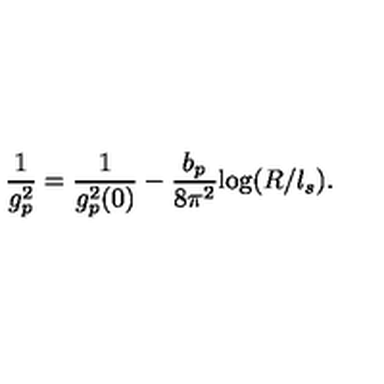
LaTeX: \frac { 1 } { g _ { p } ^ { 2 } } = \frac { 1 } { g _ { p } ^ { 2 } ( 0 ) } - \frac { b _ { p } } { 8 \pi ^ { 2 } } \mathrm { l o g } ( R / l _ { s } ) .